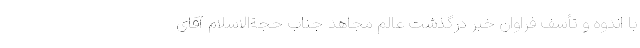
با اندوه و تأسف فراوان خبر درگذشت عالم مجاهد جناب حجةالاسلام آقای